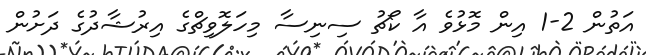
އަތުން 2-1 އިން މޮޅުވެ އާ ކޯޗު ސިނިސާ މިހަލޮވިޗްގެ އިރުޝާދުގެ ދަށުން